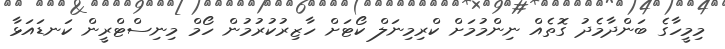
މިމީހާގެ ބަންދާމެދު ގޮތެއް ނިންމުމަށް ކްރިމިނަލް ކޯޓަށް ހާޒިރުކުރުމުން ހޯމް މިނިސްޓްރީން ކަނޑައަޅާ